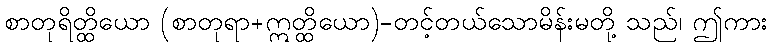
စာတုရိတ္ထိယော (စာတုရာ+ဣတ္ထိယော)-တင့်တယ်သောမိန်းမတို့ သည်၊ ဤကား